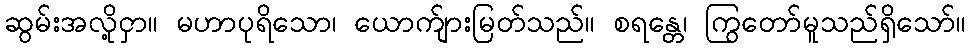
ဆွမ်းအလို့ငှာ။ မဟာပုရိသော၊ ယောက်ျားမြတ်သည်။ စရန္တေ၊ ကြွတော်မူသည်ရှိသော်။